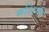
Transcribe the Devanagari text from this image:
मशिनी